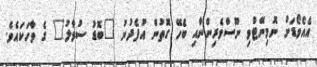
އެއެވޯޑަށް ނޮމިނޭޓްވި ނޫސްވެރިންނާއި ބެހޭ ގޮތުން އުފެދުނު "ބޮޑު ސުވާލު" ގެ ވާހަކައެވެ.